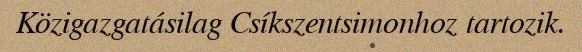
Közigazgatásilag Csíkszentsimonhoz tartozik.